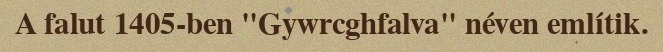
A falut 1405-ben "Gywrcghfalva" néven említik.